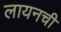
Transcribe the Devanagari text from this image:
लायनची